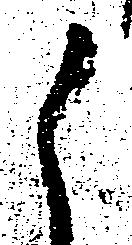
候